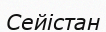
Сейістан